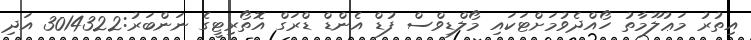
އިތުރު މަޢުލޫމާތު ހޯއްދެވުމަށްޓަކައި މޯލްޑިވްސް ފުޑް އެންޑް ޑްރަގް އޮތޯރިޓީގެ ނަންބަރު:3014322 އަދި